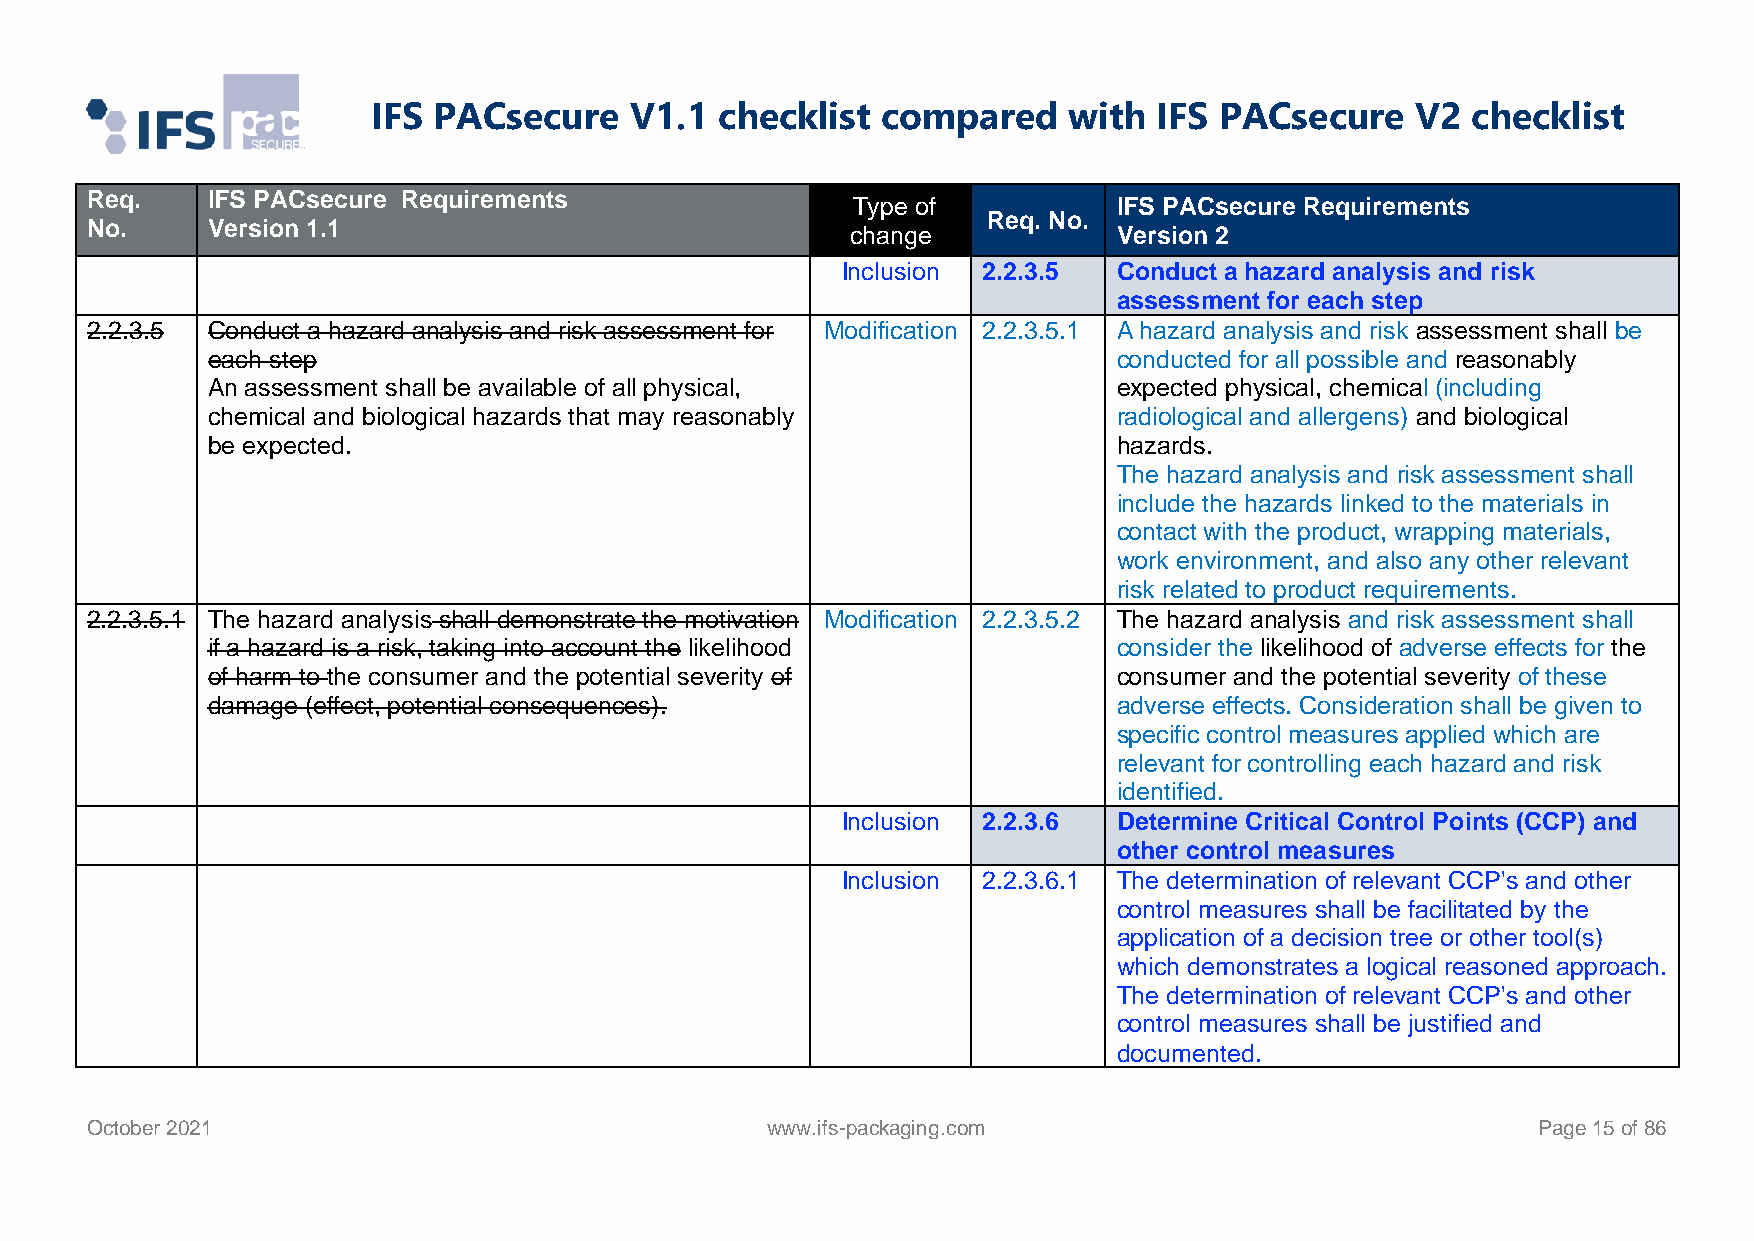
IFS PACsecure    V1.1  checklist compared     with  IFS PACsecure    V2 checklist
 Req.    IFS PACsecure Requirements
 Type of           IFS PACsecure Requirements
 Req. No.
 No.     Version 1.1                               change            Version 2
 Inclusion 2.2.3.5 Conduct a hazard analysis and risk
 assessment for each step
 2.2.3.5 Conduct a hazard analysis and risk assessment for Modification 2.2.3.5.1 A hazard analysis and risk assessment shall be
 each step                                                   conducted for all possible and reasonably
 An assessment shall be available of all physical,           expected physical, chemical (including
 chemical and biological hazards that may reasonably         radiological and allergens) and biological
 be expected.                                                hazards.
 The hazard analysis and risk assessment shall
 include the hazards linked to the materials in
 contact with the product, wrapping materials,
 work environment, and also any other relevant
 risk related to product requirements.
 2.2.3.5.1 The hazard analysis shall demonstrate the motivation Modification 2.2.3.5.2 The hazard analysis and risk assessment shall
 if a hazard is a risk, taking into account the likelihood   consider the likelihood of adverse effects for the
 of harm to the consumer and the potential severity of       consumer and the potential severity of these
 damage (effect, potential consequences).                    adverse effects. Consideration shall be given to
 specific control measures applied which are
 relevant for controlling each hazard and risk
 identified.
 Inclusion 2.2.3.6 Determine Critical Control Points (CCP) and
 other control measures
 Inclusion 2.2.3.6.1 The determination of relevant CCP's and other
 control measures shall be facilitated by the
 application of a decision tree or other tool(s)
 which demonstrates a logical reasoned approach.
 The determination of relevant CCP's and other
 control measures shall be justified and
 documented.
 October 2021                                 www.ifs-packaging.com                              Page 15 of 86